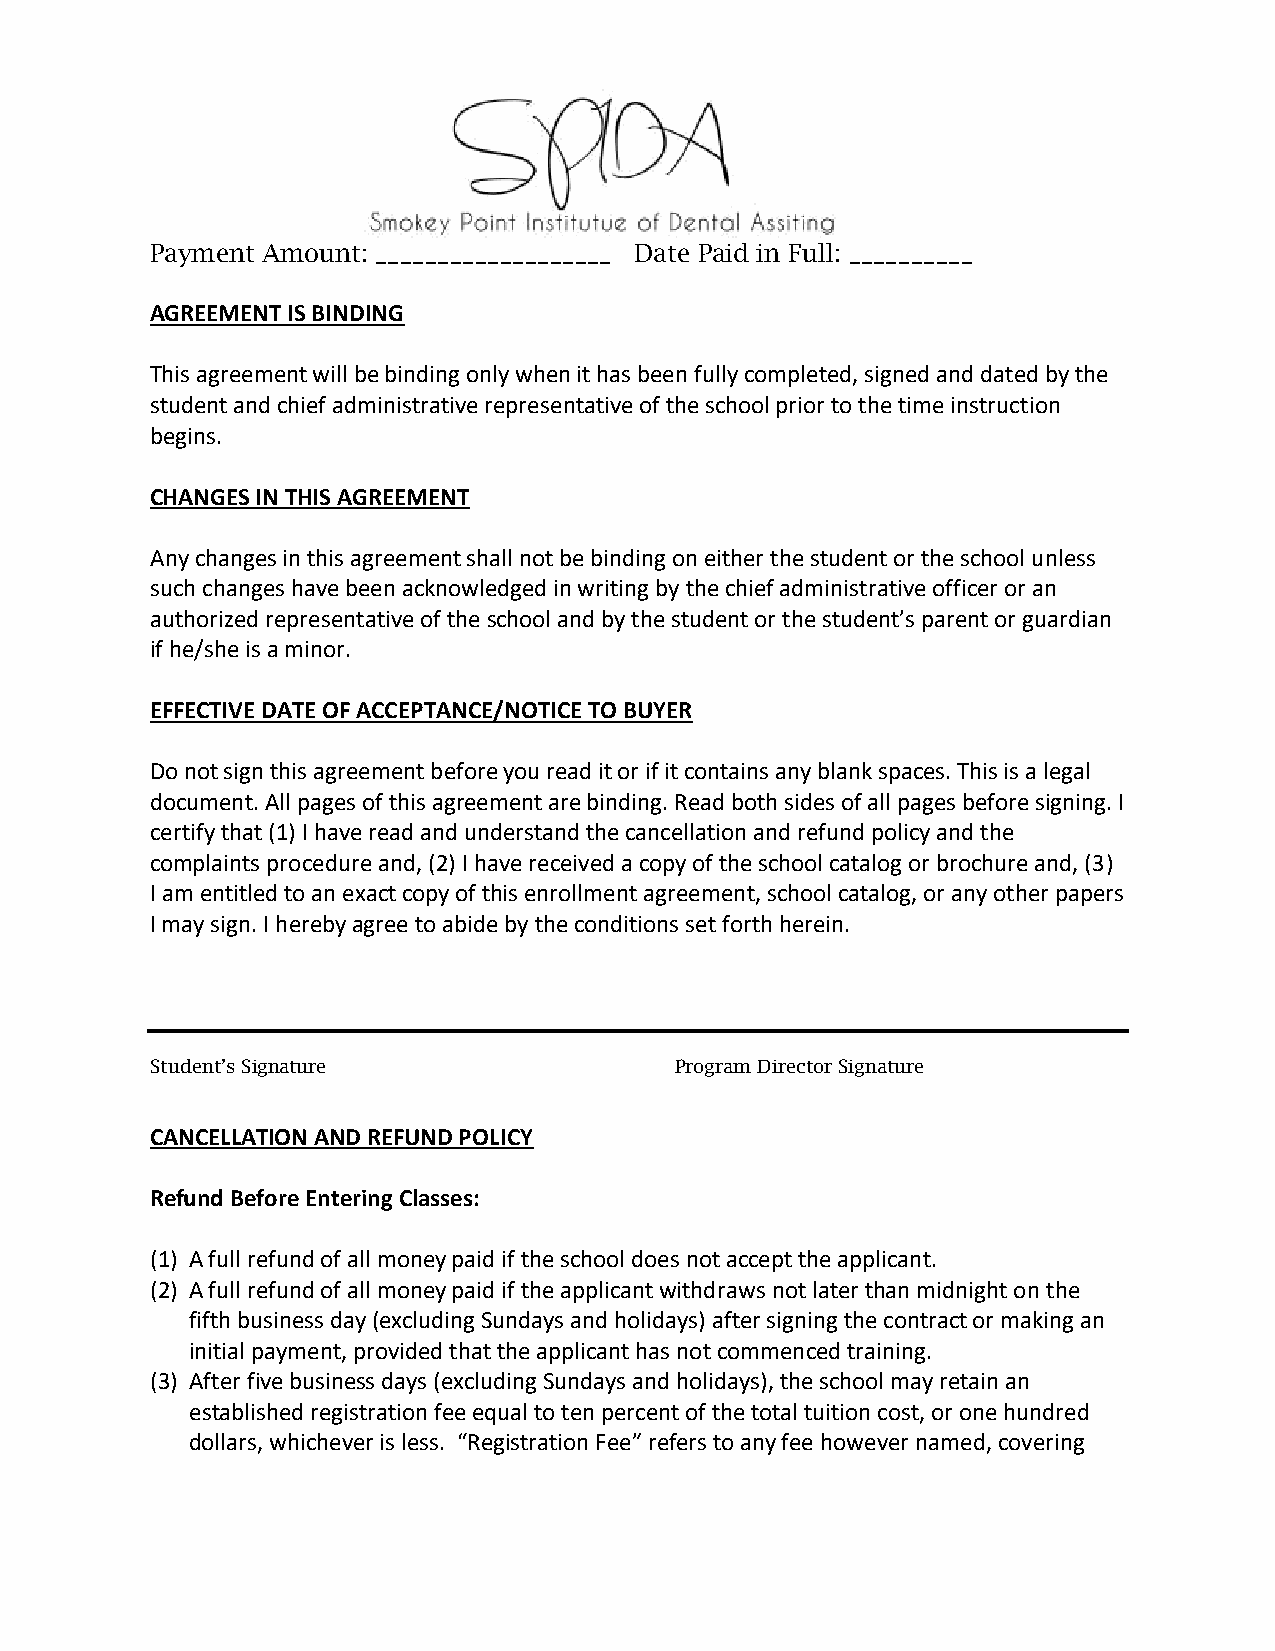
Payment Amount: ___________________ Date Paid in Full: __________
 AGREEMENT IS BINDING
 This agreement will be binding only when it has been fully completed, signed and dated by the
 student and chief administrative representative of the school prior to the time instruction
 begins.
 CHANGES IN THIS AGREEMENT
 Any changes in this agreement shall not be binding on either the student or the school unless
 such changes have been acknowledged in writing by the chief administrative officer or an
 authorized representative of the school and by the student or the student’s parent or guardian
 if he/she is a minor.
 EFFECTIVE DATE OF ACCEPTANCE/NOTICE TO BUYER
 Do not sign this agreement before you read it or if it contains any blank spaces. This is a legal
 document. All pages of this agreement are binding. Read both sides of all pages before signing. I
 certify that (1) I have read and understand the cancellation and refund policy and the
 complaints procedure and, (2) I have received a copy of the school catalog or brochure and, (3)
 I am entitled to an exact copy of this enrollment agreement, school catalog, or any other papers
 I may sign. I hereby agree to abide by the conditions set forth herein.
 Student’s Signature                Program Director Signature
 CANCELLATION AND REFUND POLICY
 Refund Before Entering Classes:
 (1) A full refund of all money paid if the school does not accept the applicant.
 (2) A full refund of all money paid if the applicant withdraws not later than midnight on the
 fifth business day (excluding Sundays and holidays) after signing the contract or making an
 initial payment, provided that the applicant has not commenced training.
 (3) After five business days (excluding Sundays and holidays), the school may retain an
 established registration fee equal to ten percent of the total tuition cost, or one hundred
 dollars, whichever is less. “Registration Fee” refers to any fee however named, covering